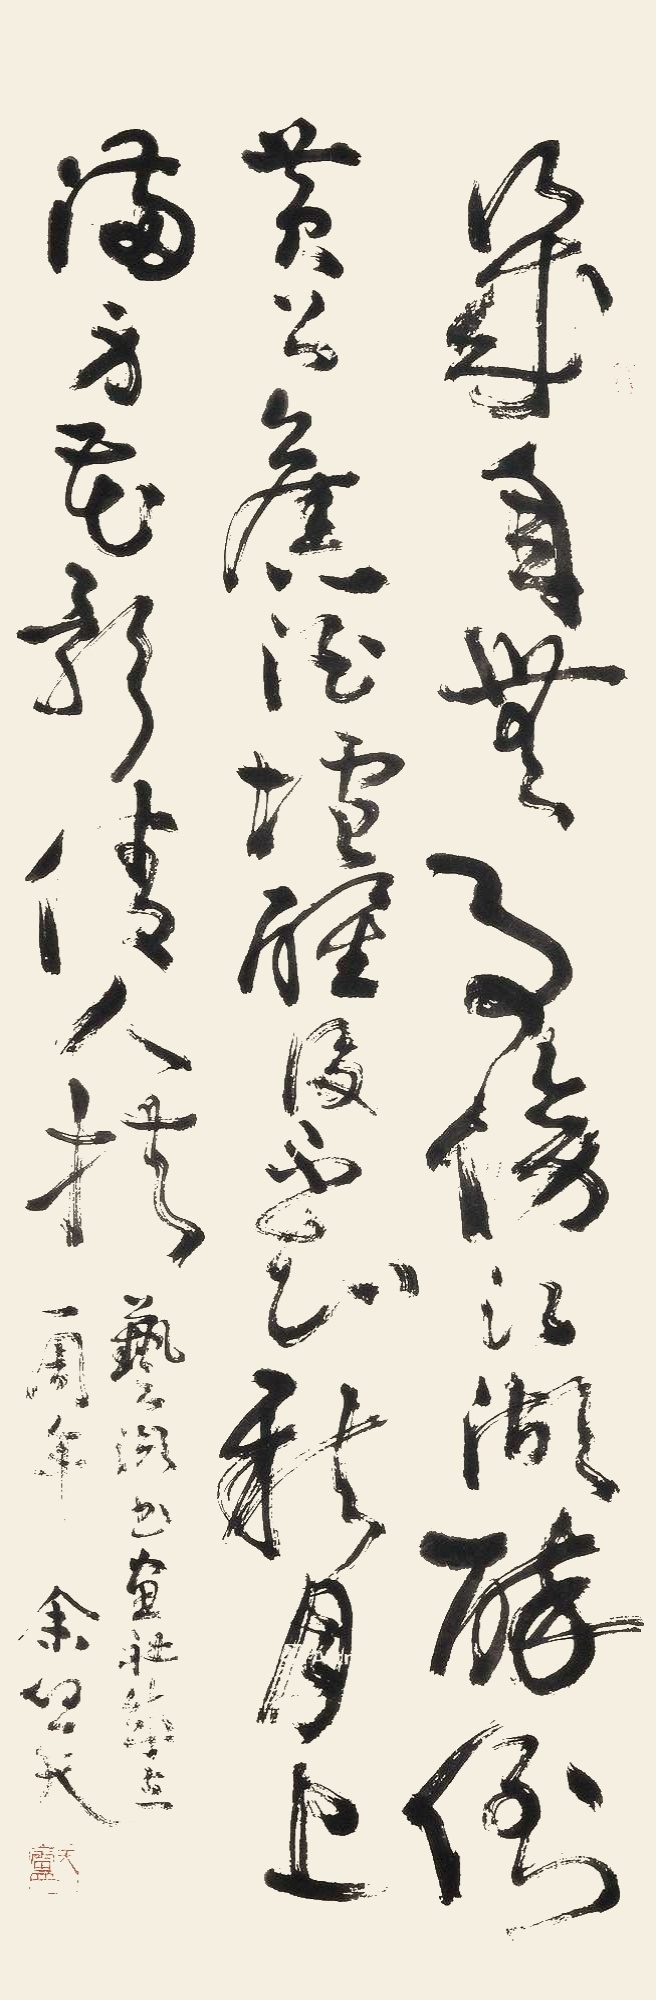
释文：几年无事傍江湖，醉倒黄公旧酒垆。觉后不知明月上，满身花影倩人扶。艺湖书画社成立一周年，余任天。